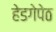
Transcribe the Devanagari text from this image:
हेडगेपेठ